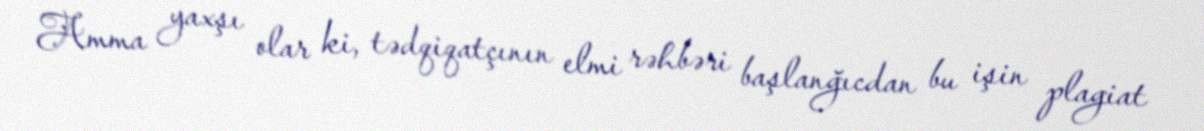
Amma yaxşı olar ki, tədqiqatçının elmi rəhbəri başlanğıcdan bu işin plagiat